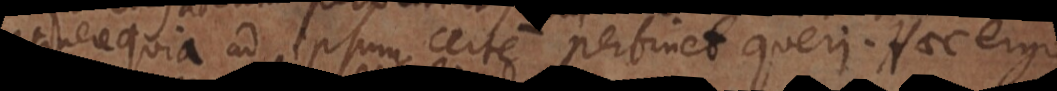
quia ad ipsum certe pertinet queri. Haec ergo